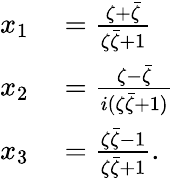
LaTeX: \begin{array}{rl}{x_{1}}&{{}={\frac{\zeta+{\bar{\zeta}}}{\zeta{\bar{\zeta}}+1}}}\\ {x_{2}}&{{}={\frac{\zeta-{\bar{\zeta}}}{i(\zeta{\bar{\zeta}}+1)}}}\\ {x_{3}}&{{}={\frac{\zeta{\bar{\zeta}}-1}{\zeta{\bar{\zeta}}+1}}.}\end{array}